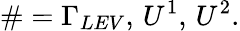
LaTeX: \# =\Gamma_{LEV},\, U^{1},\, U^{2}.